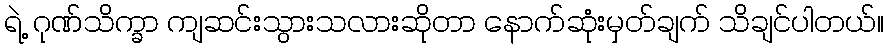
ရဲ့ ဂုဏ်သိက္ခာ ကျဆင်းသွားသလားဆိုတာ နောက်ဆုံးမှတ်ချက် သိချင်ပါတယ်။